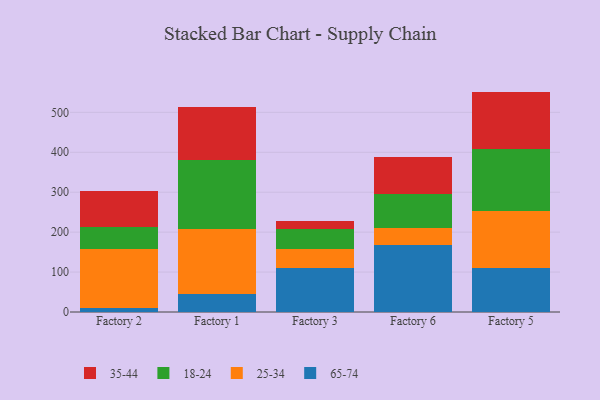
{"axis": {"x": "Factory", "y": "Conversion Rate (%)"}, "legend": ["18-24", "25-34", "35-44", "65-74"], "data": [{"x": "Factory 2", "y": 10.0, "type": "65-74"}, {"x": "Factory 2", "y": 147.8, "type": "25-34"}, {"x": "Factory 2", "y": 54.9, "type": "18-24"}, {"x": "Factory 2", "y": 91.2, "type": "35-44"}, {"x": "Factory 1", "y": 46.2, "type": "65-74"}, {"x": "Factory 1", "y": 161.7, "type": "25-34"}, {"x": "Factory 1", "y": 171.8, "type": "18-24"}, {"x": "Factory 1", "y": 133.3, "type": "35-44"}, {"x": "Factory 3", "y": 111.4, "type": "65-74"}, {"x": "Factory 3", "y": 45.3, "type": "25-34"}, {"x": "Factory 3", "y": 52.0, "type": "18-24"}, {"x": "Factory 3", "y": 18.6, "type": "35-44"}, {"x": "Factory 6", "y": 167.0, "type": "65-74"}, {"x": "Factory 6", "y": 42.5, "type": "25-34"}, {"x": "Factory 6", "y": 87.3, "type": "18-24"}, {"x": "Factory 6", "y": 91.4, "type": "35-44"}, {"x": "Factory 5", "y": 110.2, "type": "65-74"}, {"x": "Factory 5", "y": 142.5, "type": "25-34"}, {"x": "Factory 5", "y": 156.8, "type": "18-24"}, {"x": "Factory 5", "y": 142.5, "type": "35-44"}]}